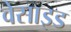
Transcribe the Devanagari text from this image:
वेसाइड